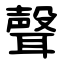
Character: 聲